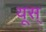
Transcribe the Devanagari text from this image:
यूस्